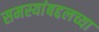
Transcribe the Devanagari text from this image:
समस्यांबद्दलच्या